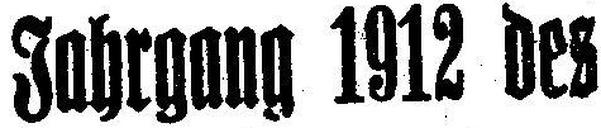
Jahrgang 1912 des